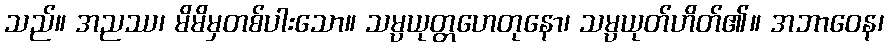
သည်။ အညဿ၊ မိမိမှတစ်ပါးသော။ သမ္ပယုတ္တဟေတုနော၊ သမ္ပယုတ်ဟိတ်၏။ အဘာဝေန၊